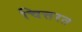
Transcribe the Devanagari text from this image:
चित्तरत